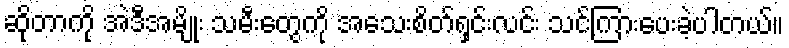
ဆိုတာကို အဲဒီအမျိုး သမီးတွေကို အသေးစိတ်ရှင်းလင်း သင်ကြားပေးခဲ့ပါတယ်။